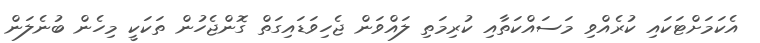
އެކަމަށްޓަކައި ކުރެއްވި މަސައްކަތާއި ކުރިމަތި ލައްވަން ޖެހިވަޑައިގަތް ގޮންޖެހުން ތަކަކީ މިހެން ބުނެލަން